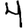
Digit: 4